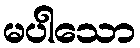
မပါသော